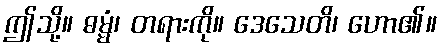
ဤသို့။ ဓမ္မံ၊ တရားကို။ ဒေသေတိ၊ ဟော၏။